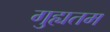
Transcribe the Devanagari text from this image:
गुह्यतम